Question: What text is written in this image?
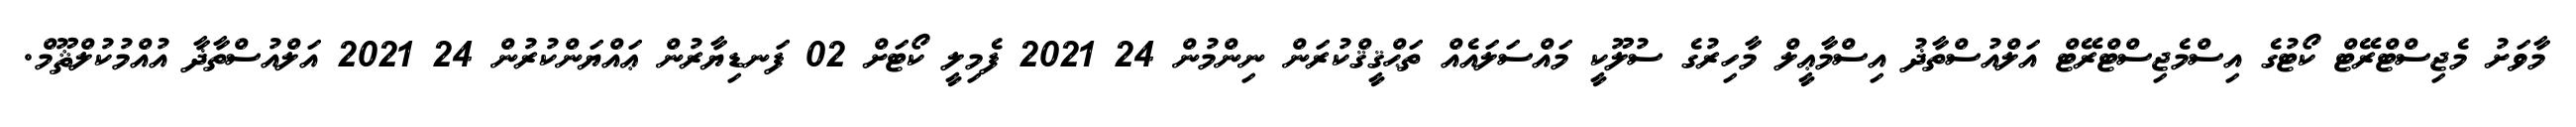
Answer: މާވަށު މެޖިސްޓްރޭޓް ކޯޓުގެ އިސްމެޖިސްޓްރޭޓް އަލްއުސްތާޛު އިސްމާޢީލް މާހިރުގެ ސުލޫކީ މައްސަލައެއް ތަޙްޤީޤްކުރަން ނިންމުން 24 2021 ފެމިލީ ކޯޓަށް 02 ފަނޑިޔާރުން ޢައްޔަންކުރުން 24 2021 އަލްއުސްތާޛާ އުއްމުކުލްޘޫމް.